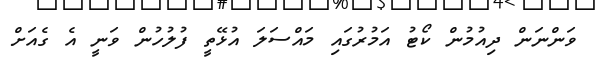
ވަންނަން ދިއުމުން ކޯޓު އަމުރުގައި މައްސަލަ އުޅޭތީ ފުލުހުން ވަނީ އެ ގެއަށް